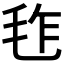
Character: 𣬿